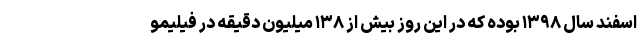
اسفند سال ۱۳۹۸ بوده که در این روز بیش از ۱۳۸ میلیون دقیقه در فیلیمو